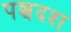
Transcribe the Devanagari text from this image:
पञ्चदश